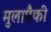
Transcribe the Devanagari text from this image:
मुलापैकी